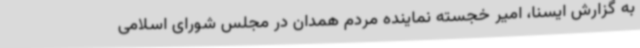
به گزارش ایسنا، امیر خجسته نماینده مردم همدان در مجلس شورای اسلامی